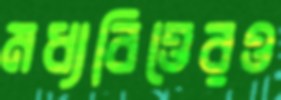
মধ্যবিত্তেরও